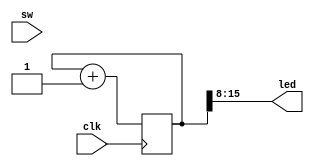
module top (
    input  wire clk,

    input  wire [7:0] sw,
    output wire [7:0] led
);

    localparam BITS = 16;
    localparam LOG2DELAY = 0;

    reg [BITS-1:0] counter = 0;

    always @(posedge clk) begin
        counter <= counter + 1;
    end

    assign led = counter >> 8;
endmodule